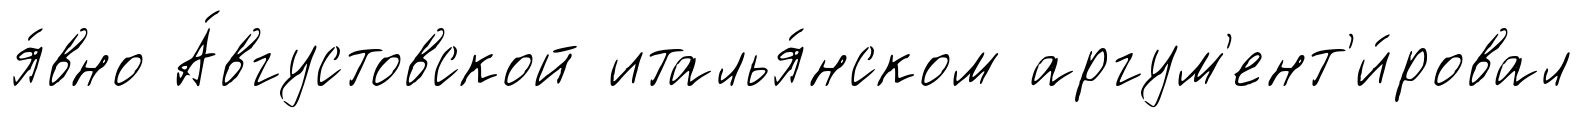
я́вно А́вгустовской италья́нском аргум'ент'и́ровал